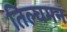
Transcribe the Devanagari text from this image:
तिल्घमन